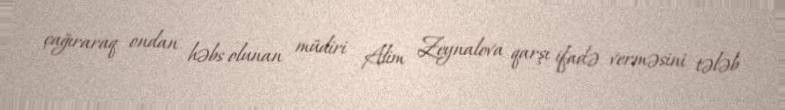
çağıraraq ondan həbs olunan müdiri Alim Zeynalova qarşı ifadə verməsini tələb